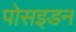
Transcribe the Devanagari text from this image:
पोसइडन